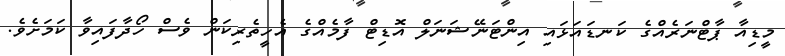
މީޑިއާ ޕާޓްނަރެއްގެ ކަނޑައަޅައި އިންޓަނޭޝަނަލް އޮޑިޓް ފާމެއްގެ އެހީތެރިކަން ވެސް ހޯދާފައިވާ ކަމަށެވެ.